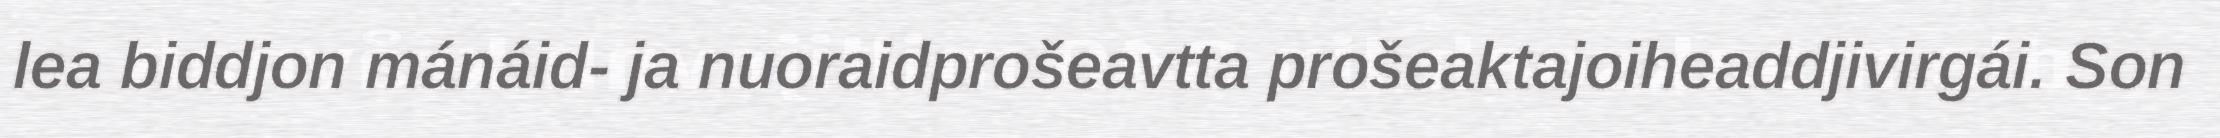
lea biddjon mánáid- ja nuoraidprošeavtta prošeaktajoiheaddjivirgái. Son